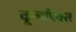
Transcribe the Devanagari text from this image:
कूलपिक्स